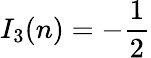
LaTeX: I_{3}(n)=-{\frac{1}{2}}